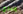
إجباري